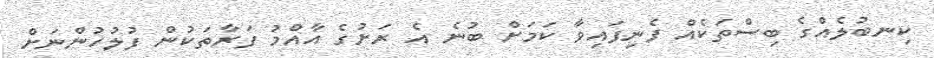
ކިނބުލެއްގެ ބިސްތަކެއް ފެނިފައިވާ ކަމަށް ބުނެ އެ ރަށުގެ އާއްމު ފަރާތަކުން ފުލުހުންނަށް